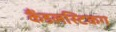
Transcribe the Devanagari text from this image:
कैंडलस्टिकग